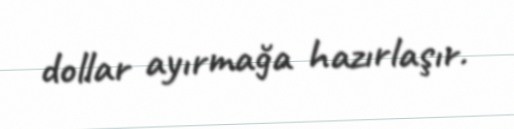
dollar ayırmağa hazırlaşır.